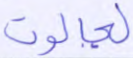
لجالوت